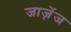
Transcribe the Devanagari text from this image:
जाज़ेंज